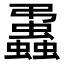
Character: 𧔨